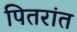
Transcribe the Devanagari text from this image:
पितरांत